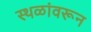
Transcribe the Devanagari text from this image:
स्थळांवरून